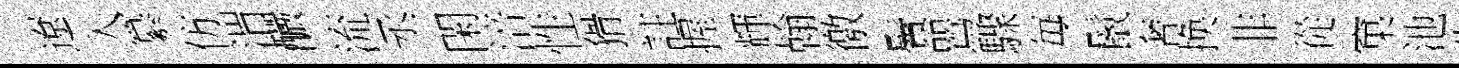
遼入纂仿渭釅流丞閑涪性猾註握輝翰徼鬢鸎驟毎鬛奢换非從窠池吿